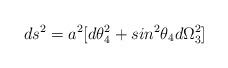
LaTeX: \begin{align*}ds^2 = a^2[d\theta_4^2 + sin^2\theta_4d\Omega_3^2]\end{align*}